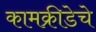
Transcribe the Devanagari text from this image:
कामक्रीडेचे